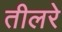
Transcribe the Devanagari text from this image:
तीलरे